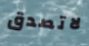
لاتصدق